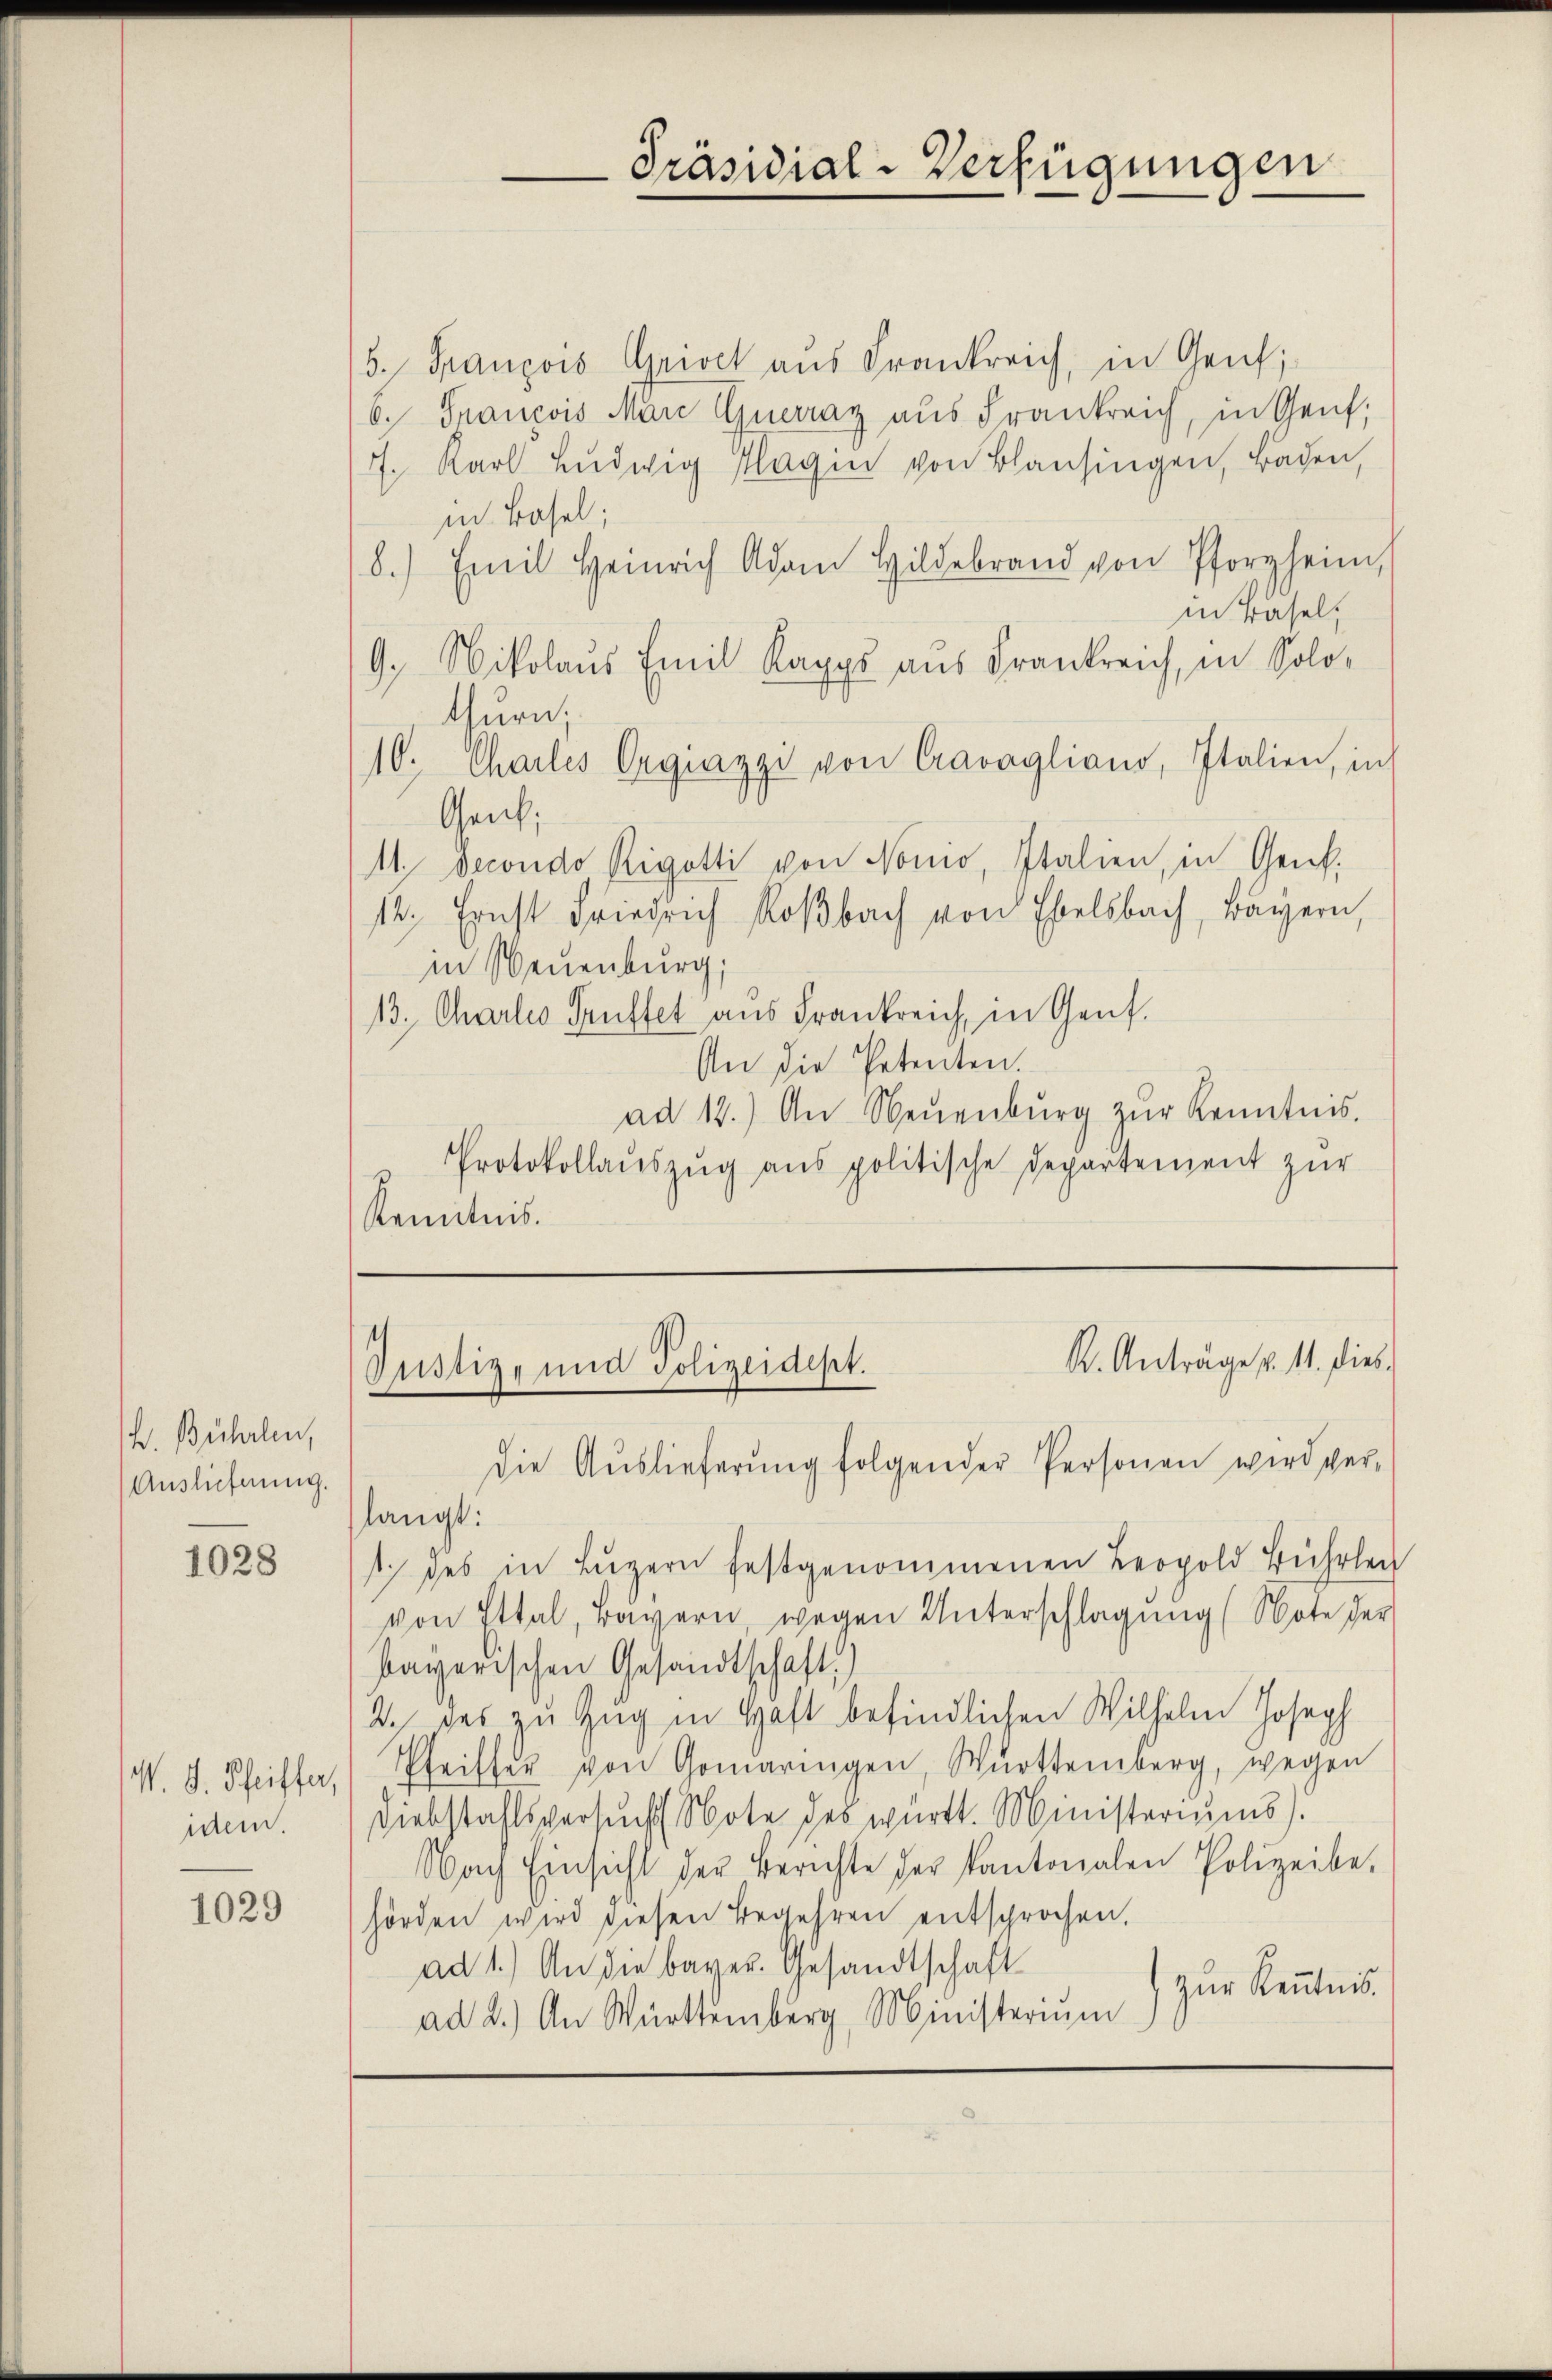
H. Bühlen,
Auslieferung.

1028

W. G. Pfeiffer,
idem.

1029

B. François Grioch aus Frankreich, in Genf;
6. François Marc Guerraz aus Frankreich, in Genf,
7. Karl Ludwig Klagen von Blausingen, Baden,
in Basel;
8.) Emil Heinrich Adam Hildebrand von Pforzheim,
in Basel,
G. Nikolaus Emil Kapps aus Frankreich, in Solothurn.
10. Chailes Orgiazzi von Cravagliano, Italien, in
Gent,
11. Decondo Rigotti von Nonio, Italien, in Genf.
12. Ernst Friedrich Roßbach von Eselsbach, Bayern,
in Neuenburg,
13. Charlis Teuffet aus Frankreich, in Genf.
An die Petenten.
ad 12.) An Neŭenbŭrg zŭr Kenntnis.
Protokollaŭszŭg aŭs politische Departement zŭr
Kenntnis.

Präsidial-Verfügungen

K. Anträge p. 11. dies
Justiz- und Polizeidept.
die Auslieferung folgender Personen wird ver-

langt:
1. des in Luzern festgenommenen Leopold Führen
von Ettal, Bayern, wegen Unterschlagung (Note der
bayerischen Gesandtschaft)
2.) Das zu Zug in Haft befindlichen Wilhelm Joseph
Christer von Gomaringen, Württemberg, wegen
Diebstahlsversucht Note des württ. Ministeriums).
Nach Einsicht der Berichte der Kantonalen Polizeibe-
hörden wird diesen Begehren entsprochen.
ad 1.) An die bayer. Gesandtschaft
zur Kenntnis.
ad 2.) An Württemberg, Ministerium